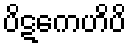
ပိဋကေဟိပိ